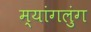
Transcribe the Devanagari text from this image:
म्यांगलुंग